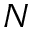
_ { N }